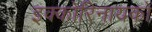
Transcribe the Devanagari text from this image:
इक्कोरिनायकों